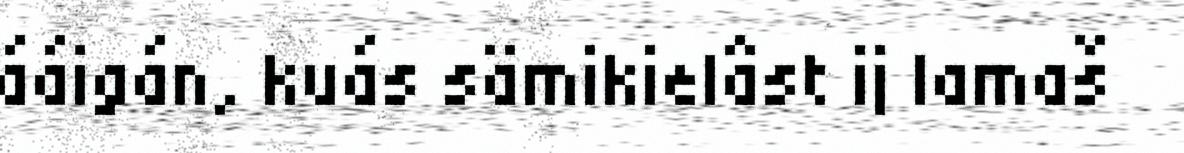
ááigán, kuás sämikielâst ij lamaš